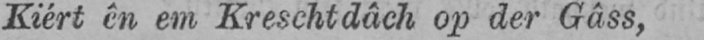
Kiért ên em Kreschtdâch op der Gâss,